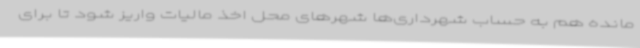
مانده هم به حساب شهرداری‌ها شهرهای محل اخذ مالیات واریز شود تا برای